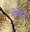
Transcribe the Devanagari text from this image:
मेमेब्रेन